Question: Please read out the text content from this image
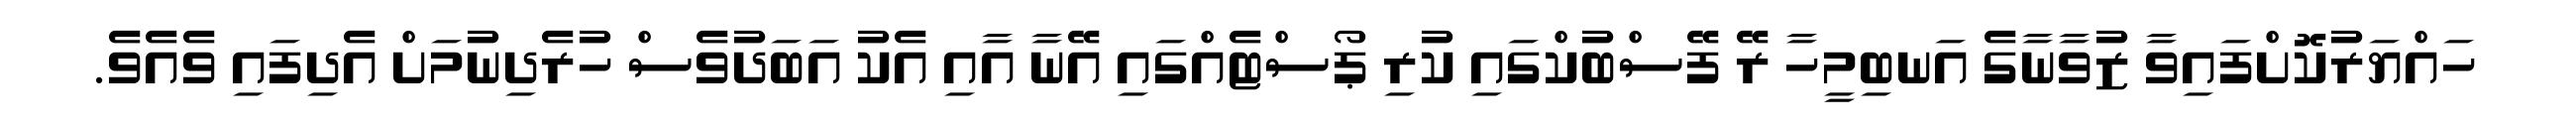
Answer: ހައްޔަރުކޮށްފައިވާ ޒުވާނާގެ އަނބިމީހާ ރޭ ފޭސްބުކްގައި ކުރި ޕޯސްޓެއްގައި އޭނާ އާއި އެކު އަބަދުވެސް ހުރެދިނުމަށް އެދިފައި ވެއެވެ.